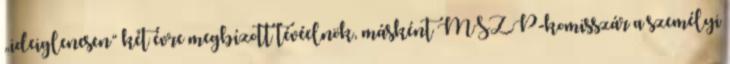
„ideiglenesen” két évre megbízott té­véelnök, másként MSZP-komisszár a személyi